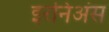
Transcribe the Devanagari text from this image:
इरनिअंस